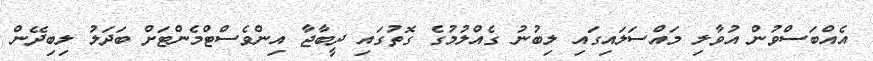
އެއްބަސްވުން އުވާލި މައްސަލައިގައި ލިބުނު ގެއްލުމުގެ ގޮތުގައި ދީބާޖާ އިންވެސްޓްމެންޓަށް ބަދަލު ލިބިދޭން